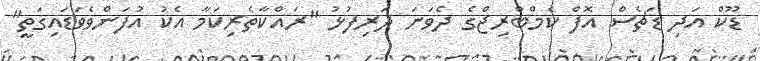
ޑޫކް އަދި ޑަޗެސް އޮފް ކެމްބްރިޖްގެ ދެވަނަ ދަރިފުޅު "ރައްކާތެރިކަމާ އެކު އުފަންވެވަޑައިގަތީ"